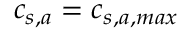
c _ { s , a } = c _ { s , a , m a x }